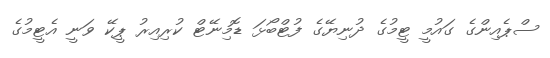
ސްޕެއިންގެ ގައުމީ ޓީމުގެ ދުނިޔޭގެ ފުޓްބޯޅަ ޑޮމިނޭޓް ކުރިއިރު ޕީކޭ ވަނީ އެޓީމުގެ